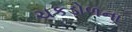
ચકડોળના